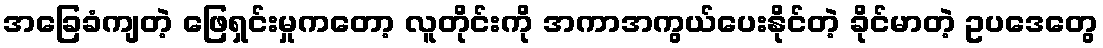
အခြေခံကျတဲ့ ဖြေရှင်းမှုကတော့ လူတိုင်းကို အကာအကွယ်ပေးနိုင်တဲ့ ခိုင်မာတဲ့ ဥပဒေတွေ